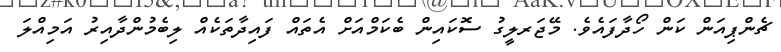
ޗެންޕިއަން ކަން ހޯދާފައެވެ. މޭޖަރލީގު ސޮކައިން ބެކަމްއަށް އެތައް ފައިދާތަކެއް ލިބެމުންދާއިރު އަމިއްލަ